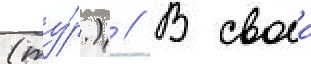
(ту́р.) // В своеи